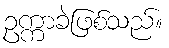
ဥက္ကာခဲဖြစ်သည်။